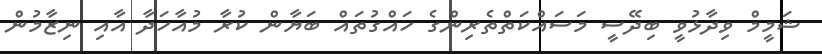
ޝަމީމް ވިދާޅުވީ ބިދޭސީ މަސައްކަތްތެރިންގެ ހައްގުތައް ބަޔާން ކުރާ މުއާހަދާ އާއި ނިޒާމުން